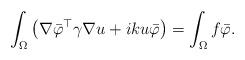
LaTeX: \begin{align*}\int_\Omega \left(\nabla \bar{\varphi}^\top \gamma \nabla u + i k u \bar{\varphi} \right) =\int_\Omega f \bar{\varphi}.\end{align*}